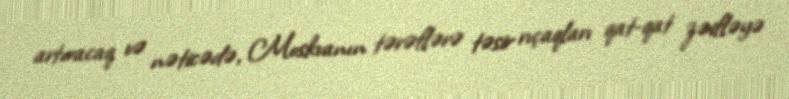
artıracaq və nəticədə, Moskvanın tərəflərə təsir rıçaqları qat-qat zəifləyə